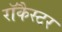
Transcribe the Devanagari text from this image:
रॉकैस्टर